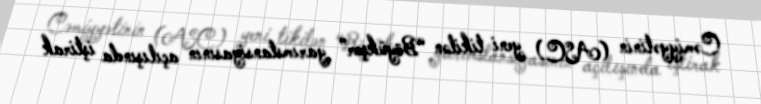
Cəmiyyətinin (ASC) yeni tikilən “Böyükşor” yarımstansiyasının açılışında iştirak